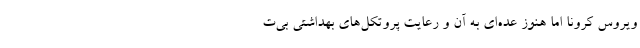
ویروس کرونا اما هنوز عده‌ای به آن و رعایت پروتکل‌های بهداشتی بی‌ت